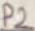
Text: P2